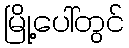
မြို့ပေါ်တွင်